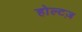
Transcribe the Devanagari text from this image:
होल्टज़